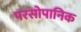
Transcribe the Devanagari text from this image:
परसोपानिक